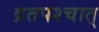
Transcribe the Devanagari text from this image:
व्रतपश्चात्‌